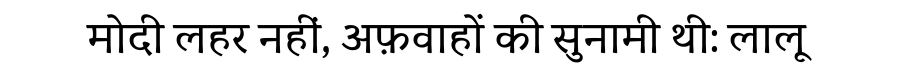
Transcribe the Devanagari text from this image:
मोदी लहर नहीं, अफ़वाहों की सुनामी थी: लालू